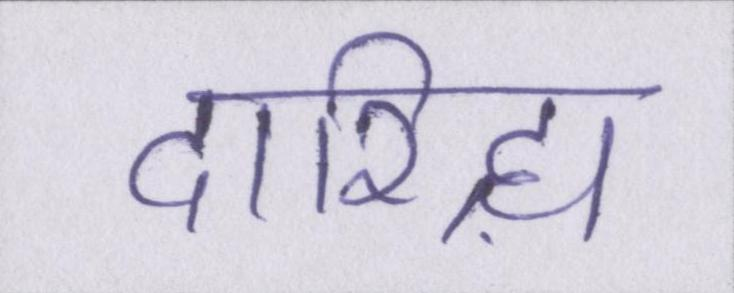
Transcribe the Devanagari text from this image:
दारिद्र्य